Leaving Certificate, 1899
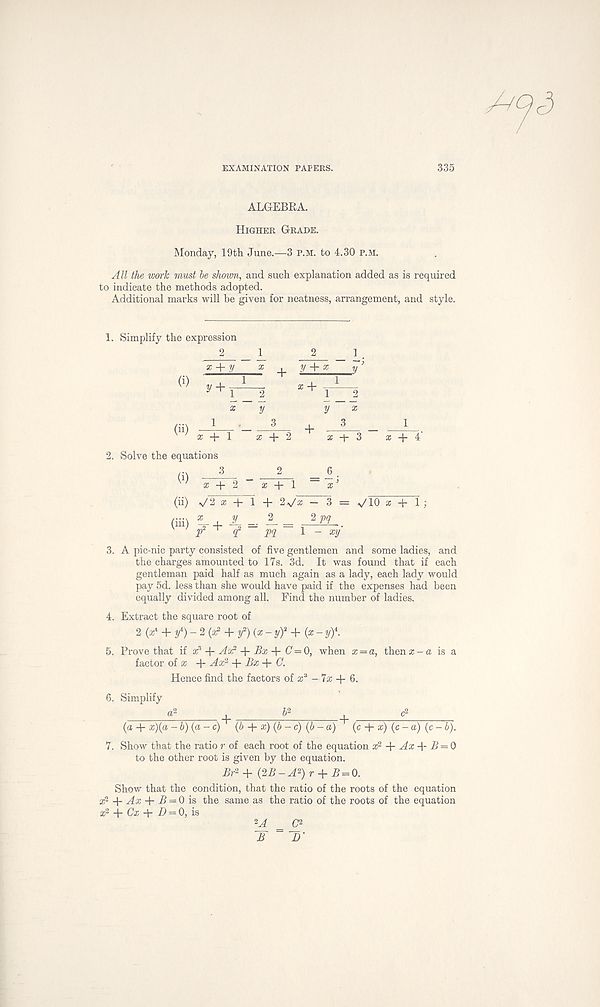
EXAMINATION PAPERS.
335
ALGEBRA.
Higher Grade.
Monday, 19th June.—3 p.m. to 4.30 p.M.
All the work must be shown, and such explanation added as is required
to indicate the methods adopted.
Additional marks will be given for neatness, arrangement, and style.
1. Simplify the expression
2
z + y
(i)
2
y + %
y +
(ii) a; + 1 a; + 2
3
* + 3 '
2. Solve the equations
(i) 3
2_
a; + 2 ~ a; + 1
_6 .
x 3
(ii)
(hi)
V2 a: + 1 + 2V* - 3 = V10 a; + 1 ;
* , 1. = =
jp 2 '
pcf 1 - xy
3. A pic-nic party consisted of five gentlemen and some ladies, and
the charges amounted to 17s. 3d. It was found that if each
gentleman paid half as much again as a lady, each lady would
pay 5d. less than she would have paid if the expenses had been
equally divided among all. Find the number of ladies.
4. Extract the square root of
2 (a; 4 + y 4 ) - 2 (z 2 + y 2 ) {x - y) 2 + (x- y)\
5. Prove that if x'+ Av? + Bx + C =0, when x = a, then a;-a is a
factor of a; + Ax 1 + Az + C.
Hence find the factors of a; 3 - 7a; + 6.
6. Simplify
a 2
6^
,
c 2
(a + x)(a -b)(a- c) (b x) (b- c) (b -a) (c + x) (c-a) (c - b).
7. Show that the ratio r of each root of the equation x 2 + Ax -\- B = 0
to the other root is given by the equation.
£r 2 + (2R-^2)r + R = 0.
Show that the condition, that the ratio of the roots of the equation
x 2 + ^4x + 5 = 0is the same as the ratio of the roots of the equation
x 2 -i- Gc + -D = 0, is
L4 = _G 2
B D‘